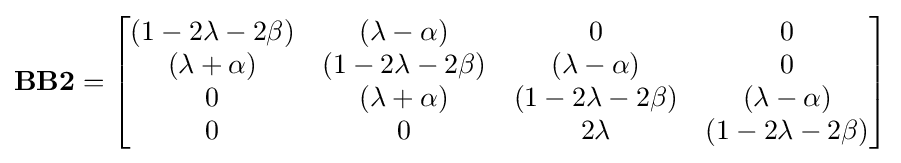
\mathbf {BB2} ={\begin{bmatrix}(1-2\lambda -2\beta )&(\lambda -\alpha )&0&0\\(\lambda +\alpha )&(1-2\lambda -2\beta )&(\lambda -\alpha )&0\\0&(\lambda +\alpha )&(1-2\lambda -2\beta )&(\lambda -\alpha )\\0&0&2\lambda &(1-2\lambda -2\beta )\end{bmatrix}}